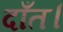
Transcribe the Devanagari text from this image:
दाँत।